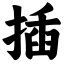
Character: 插